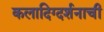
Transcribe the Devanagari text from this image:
कलादिग्दर्शनाची